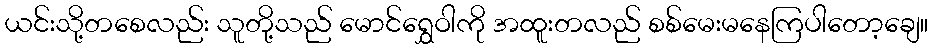
ယင်းသို့တစေလည်း သူတို့သည် မောင်ရွှေဝါကို အထူးတလည် စစ်မေးမနေကြပါတော့ချေ။